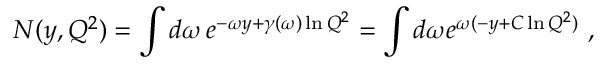
N ( y , Q ^ { 2 } ) = \int d \omega \, e ^ { - \omega y + \gamma ( \omega ) \ln Q ^ { 2 } } = \int d \omega e ^ { \omega ( - y + C \ln Q ^ { 2 } ) } \, \, ,